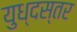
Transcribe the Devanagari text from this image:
युध्दस्तर